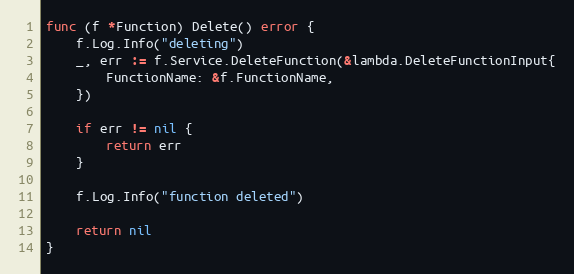
Language: Go
func (f *Function) Delete() error {
	f.Log.Info("deleting")
	_, err := f.Service.DeleteFunction(&lambda.DeleteFunctionInput{
		FunctionName: &f.FunctionName,
	})

	if err != nil {
		return err
	}

	f.Log.Info("function deleted")

	return nil
}